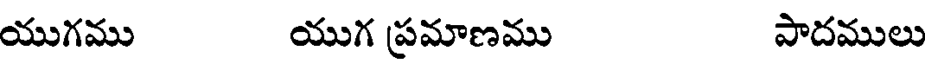
యుగము యుగ ప్రమాణము పాదములు